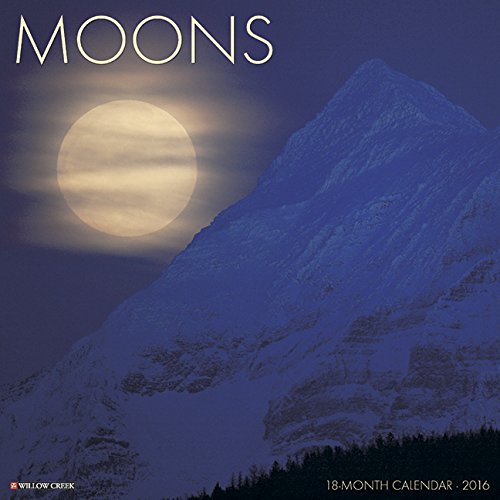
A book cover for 2016 Moons Wall Calendar; Willow Creek Press; Science & Math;